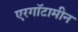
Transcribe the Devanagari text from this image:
एरगॉटामीन